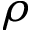
\rho